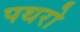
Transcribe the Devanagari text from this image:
पथरो